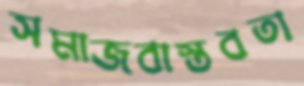
সমাজবাস্তবতা